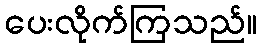
ပေးလိုက်ကြသည်။